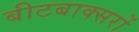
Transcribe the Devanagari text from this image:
बीटबाक्सरों